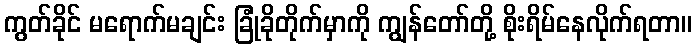
ကွတ်ခိုင် မရောက်မချင်း ခြုံခိုတိုက်မှာကို ကျွန်တော်တို့ စိုးရိမ်နေလိုက်ရတာ။